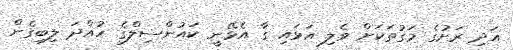
އަދި ރަށުގެ މަގުތަކަށް ވެލި އަޅައި ގާ އެޅޭނީ ކައުންސިލްގެ ހުއްދަ ލިބިގެން